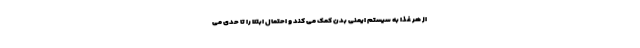
از هر غذا به سیستم ایمنی بدن کمک می کند و احتمال ابتلا را تا حدی می